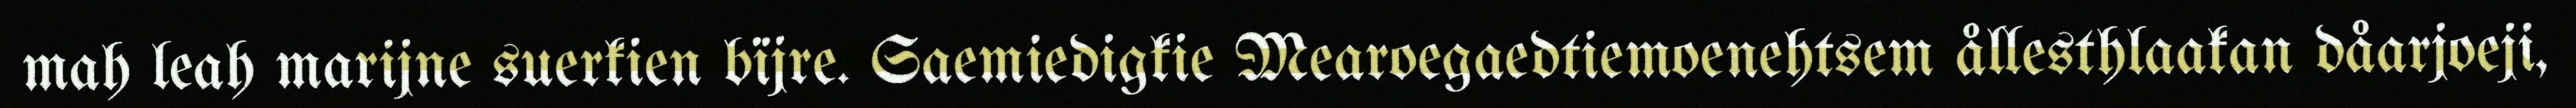
mah leah marijne suerkien bïjre. Saemiedigkie Mearoegaedtiemoenehtsem ållesthlaakan dåarjoeji,